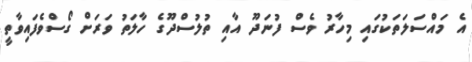
އެ މައްސަލަތަކުގައި މިހާރު ވެސް ފުނަދޫ އާއި ތުލުސްދޫގެ ހާލަތު ވަރަށް ގޯސްވެފައިވާތީ